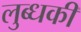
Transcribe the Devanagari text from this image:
लुब्धकी